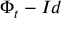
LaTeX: \Phi _ { t } - I d